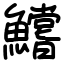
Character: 鱨